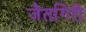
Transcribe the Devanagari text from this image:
जैतगिरी